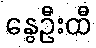
နွေဦးထီ